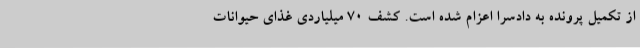
از تکمیل پرونده به دادسرا اعزام شده است. کشف 70 میلیاردی غذای حیوانات